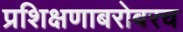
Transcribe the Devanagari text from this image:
प्रशिक्षणाबरोबरच